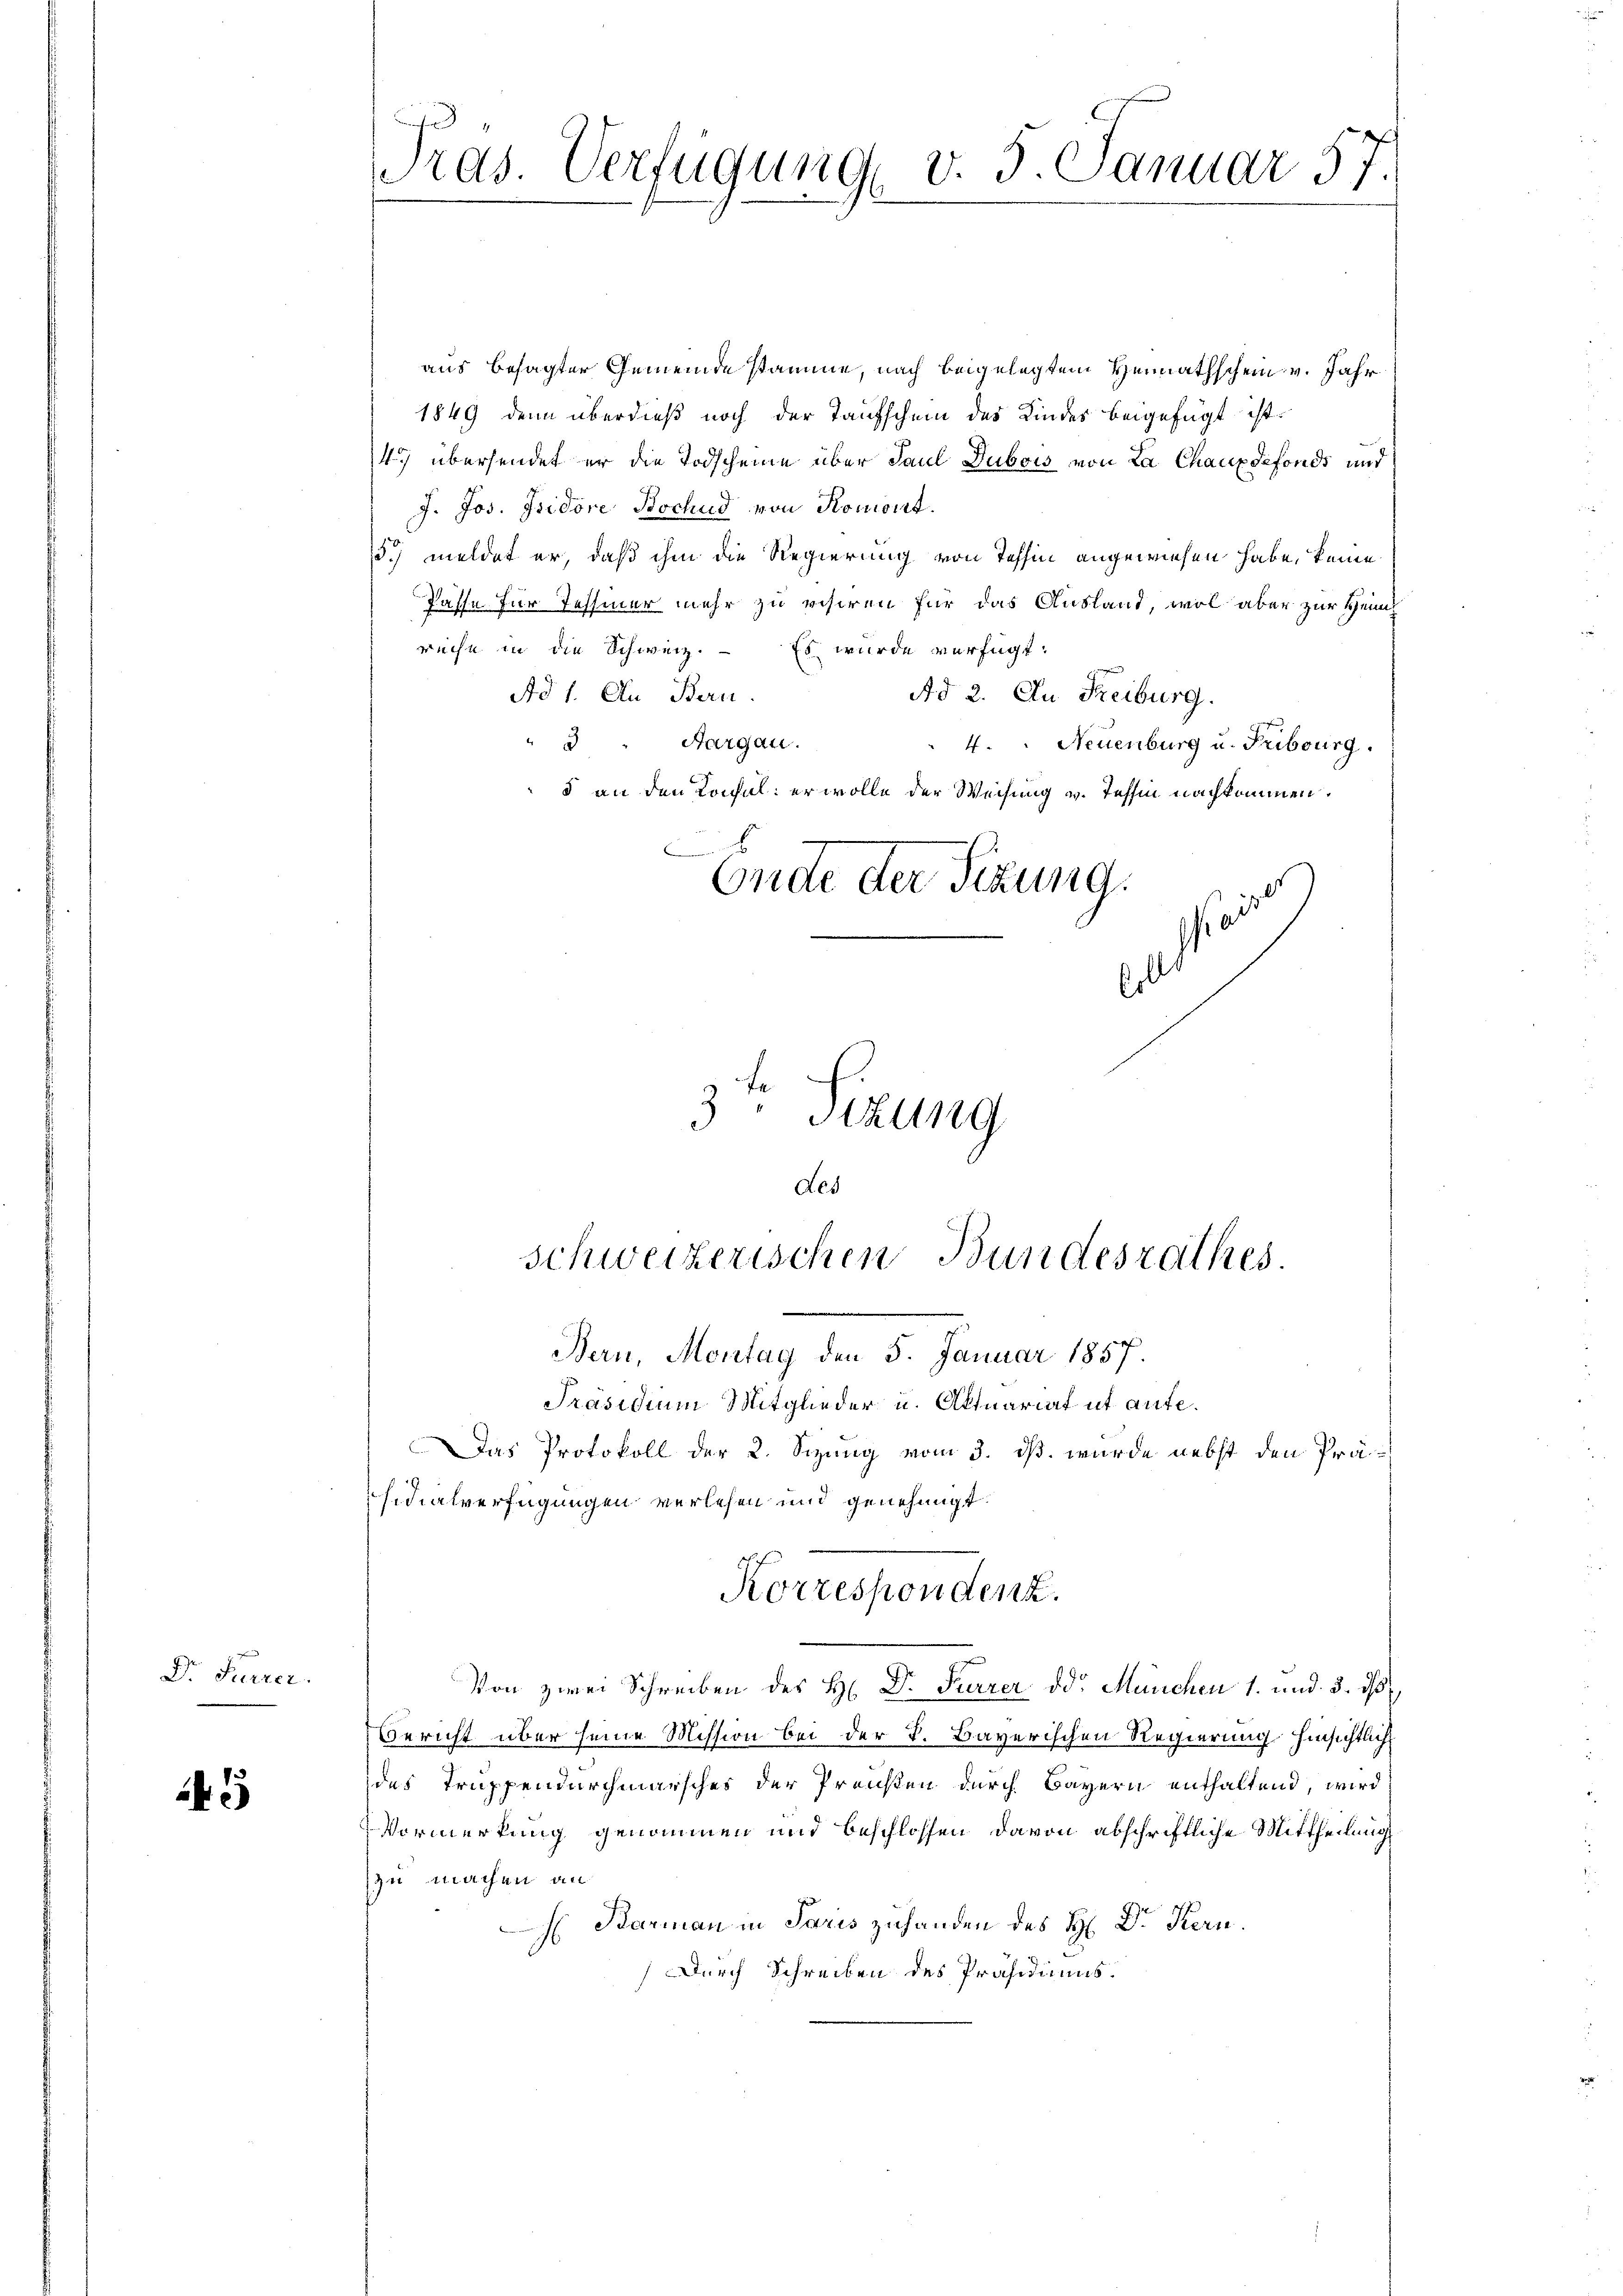
Dr. Furrer.

2

aus besagter Gemeinde stamme, nach beigelegtem Heimathschein v. Jahr
1849 denn überdieß noch der Taufschein des Kindes beigefügt ist.
4 übersendet er die Todscheine über Paul Dubois von La Chaux defonds und
J. Jos. Isidore Bochud von Komont.
59 meldet er, daß ihm die Regierung von Tessin angewiesen habe, keine
Pässe für Jehsmer mehr zu visiren für das Ausland, wol aber zur Heim
rüche in die Schweiz. Es wurde verfügt:
Ad 1. Au Bern.
Ad 2. Au Freiburg.
"3 " Aargau.
4. Neuenburg u. Tuburg.
5 an den Konsul: er wolle der Weisung v. Tessin nachkommen.
b
Ende der Sitzung.

l
Erl
3te Sizung

Pras. Verfügung v. 5. Januar 57.

des
Schweizerischen Bundesrathes.
Bern, Montag den 5. Januar 1857.
Präsidium Mitglieder u. Aktuariat ut aufe¬
Das Protokoll der 2. Sizung vom 3. ds. wurde nebst den Präsidialverfügungen verlesen und genehmigt.

Korrespondenz.

Von zwei Schreiben des H. Dr. Karrer od. Manchen 1. und 3. 18
Bericht über seine Mission bei der K. Bayerischen Regierung hinsichtlich
des Truppendurchmarsches der Preusten durch Bayern enthaltend, wird
Vormerkung genommen und beschlossen davon abschriftliche Mittheilung
zu machen an
H Barmann in Paris zuhanden des H: Dr. Kern.
Durch Schreiben des Präsidiums.